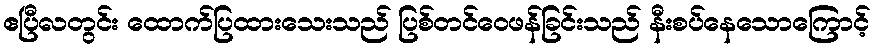
ဧပြီလတွင်း ထောက်ပြထားသေးသည် ပြစ်တင်ဝေဖန်ခြင်းသည် နီးစပ်နေသောကြောင့်